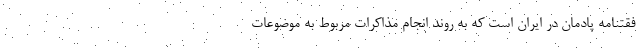
فقتنامه پادمان در ایران است که به روند انجام مذاکرات مربوط به موضوعات